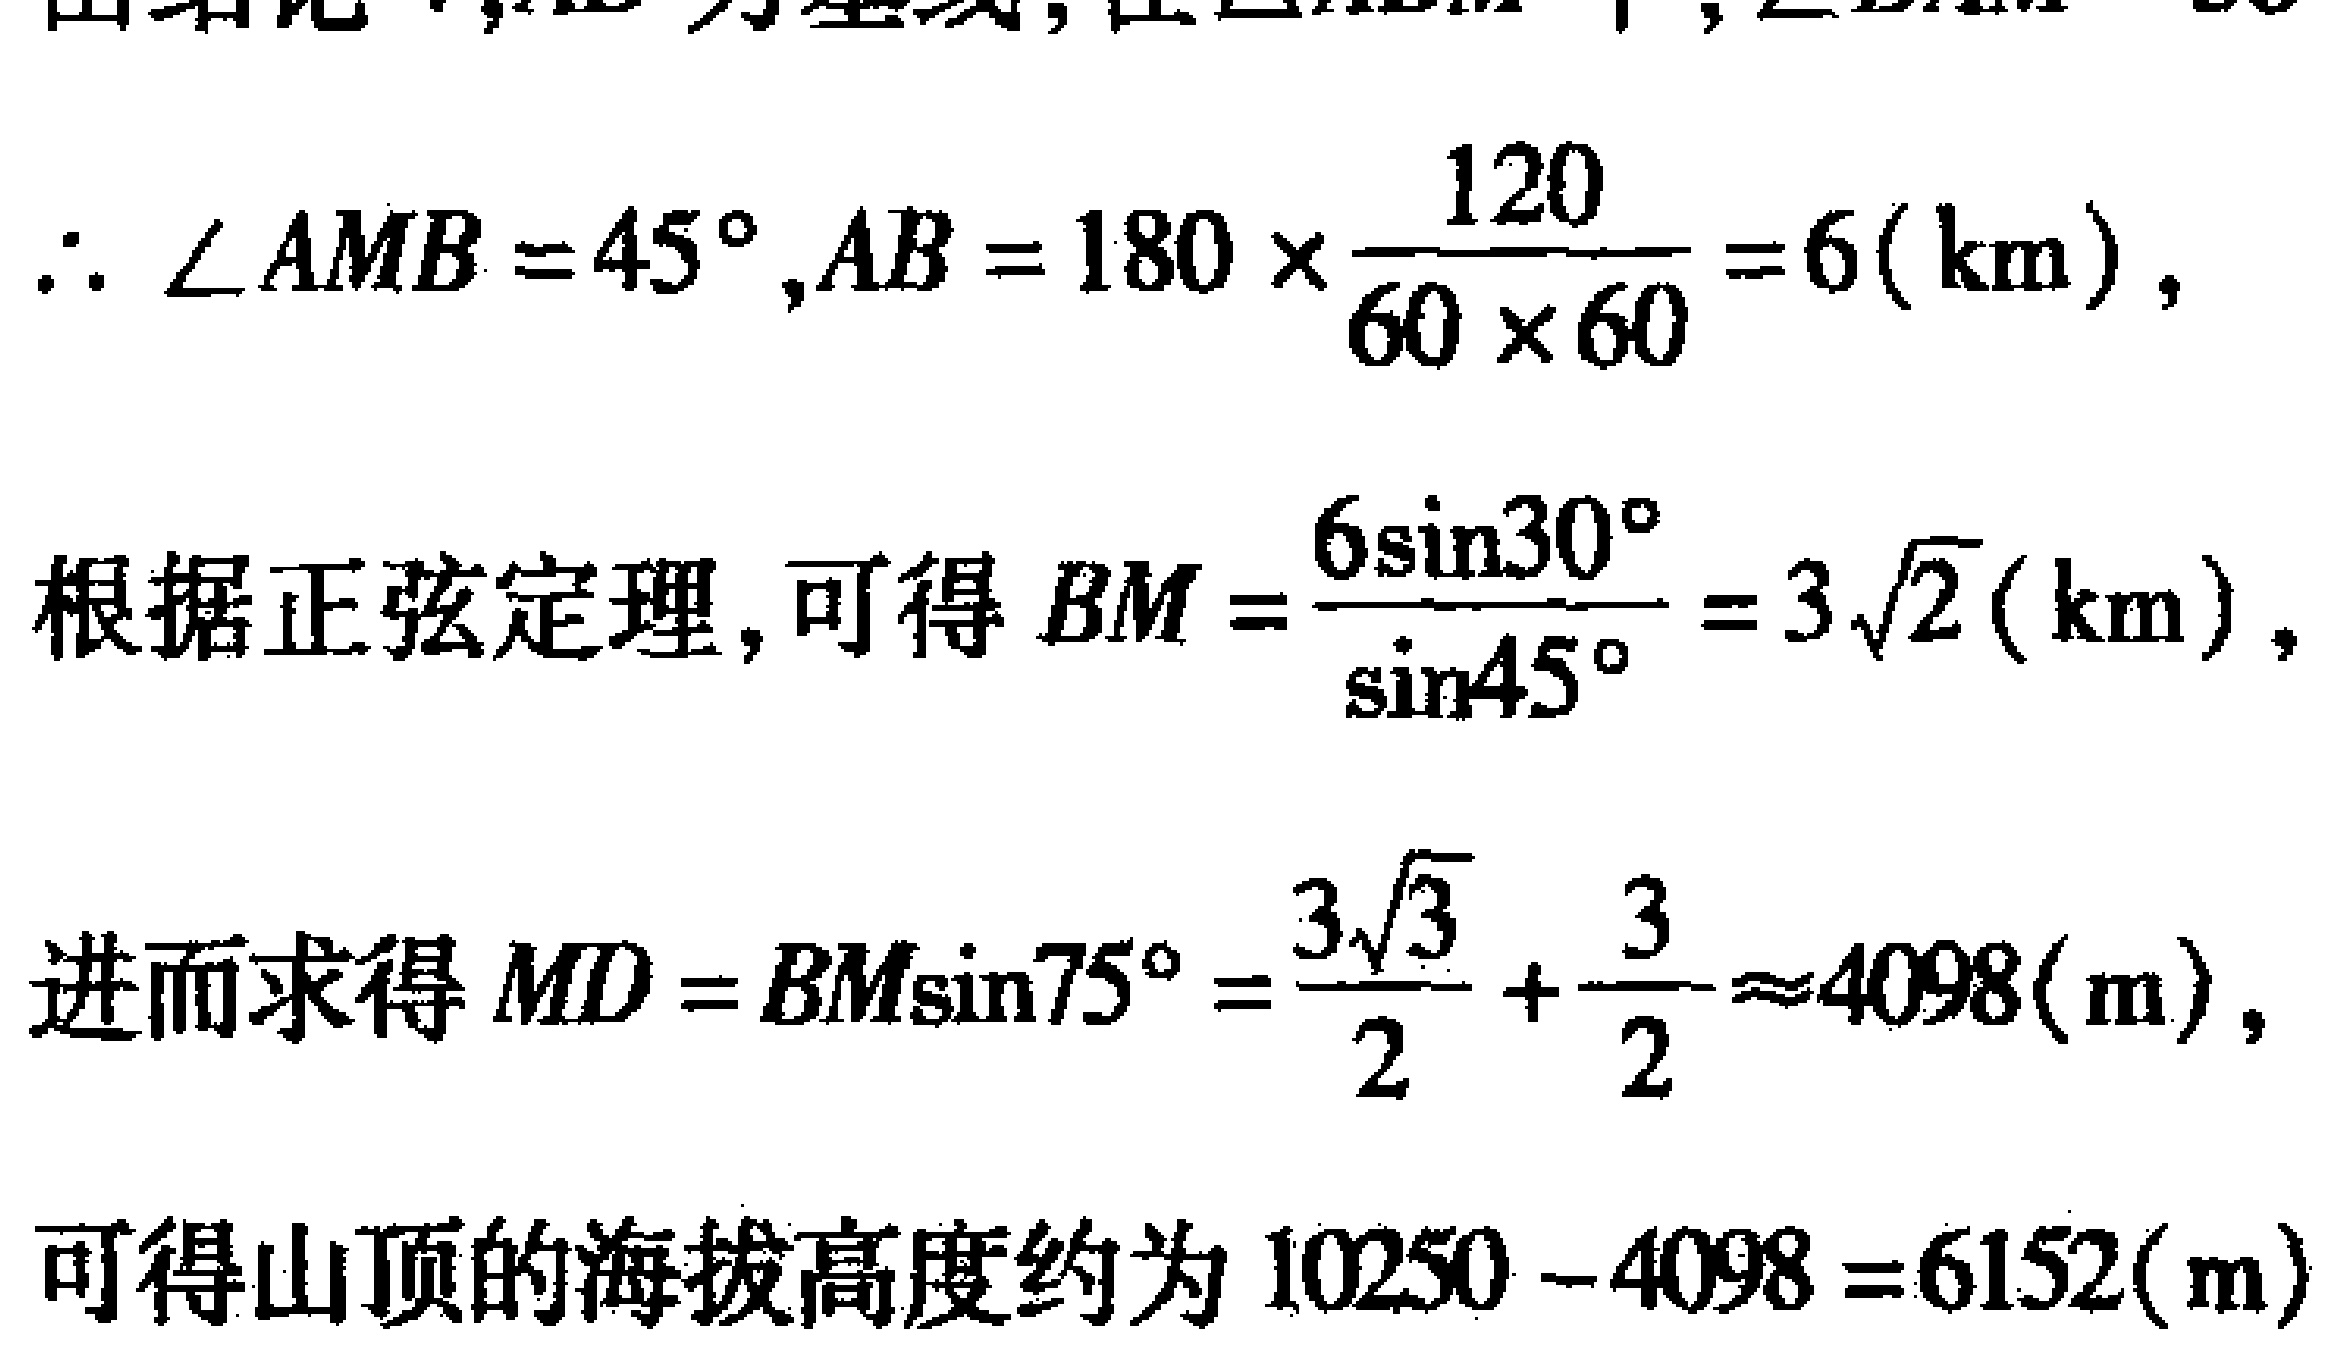
\(\therefore \angle AMB = 45^{\circ},AB = 180\times\frac{120}{60\times60}=6(\text{ km})\)，
根据正弦定理，可得\(BM=\frac{6\sin30^{\circ}}{\sin45^{\circ}} = 3\sqrt{2}(\text{ km})\)，
进而求得\(MD = BM\sin75^{\circ}=\frac{3\sqrt{3}}{2}+\frac{3}{2}\approx4098(\text{ m})\)，
可得山顶的海拔高度约为\(10250 - 4098 = 6152(\text{ m})\)